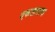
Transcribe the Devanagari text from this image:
एकतालाचा